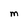
Character: M